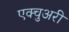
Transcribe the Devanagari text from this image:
एक्चुअरी